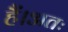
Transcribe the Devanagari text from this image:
हैं।अतः